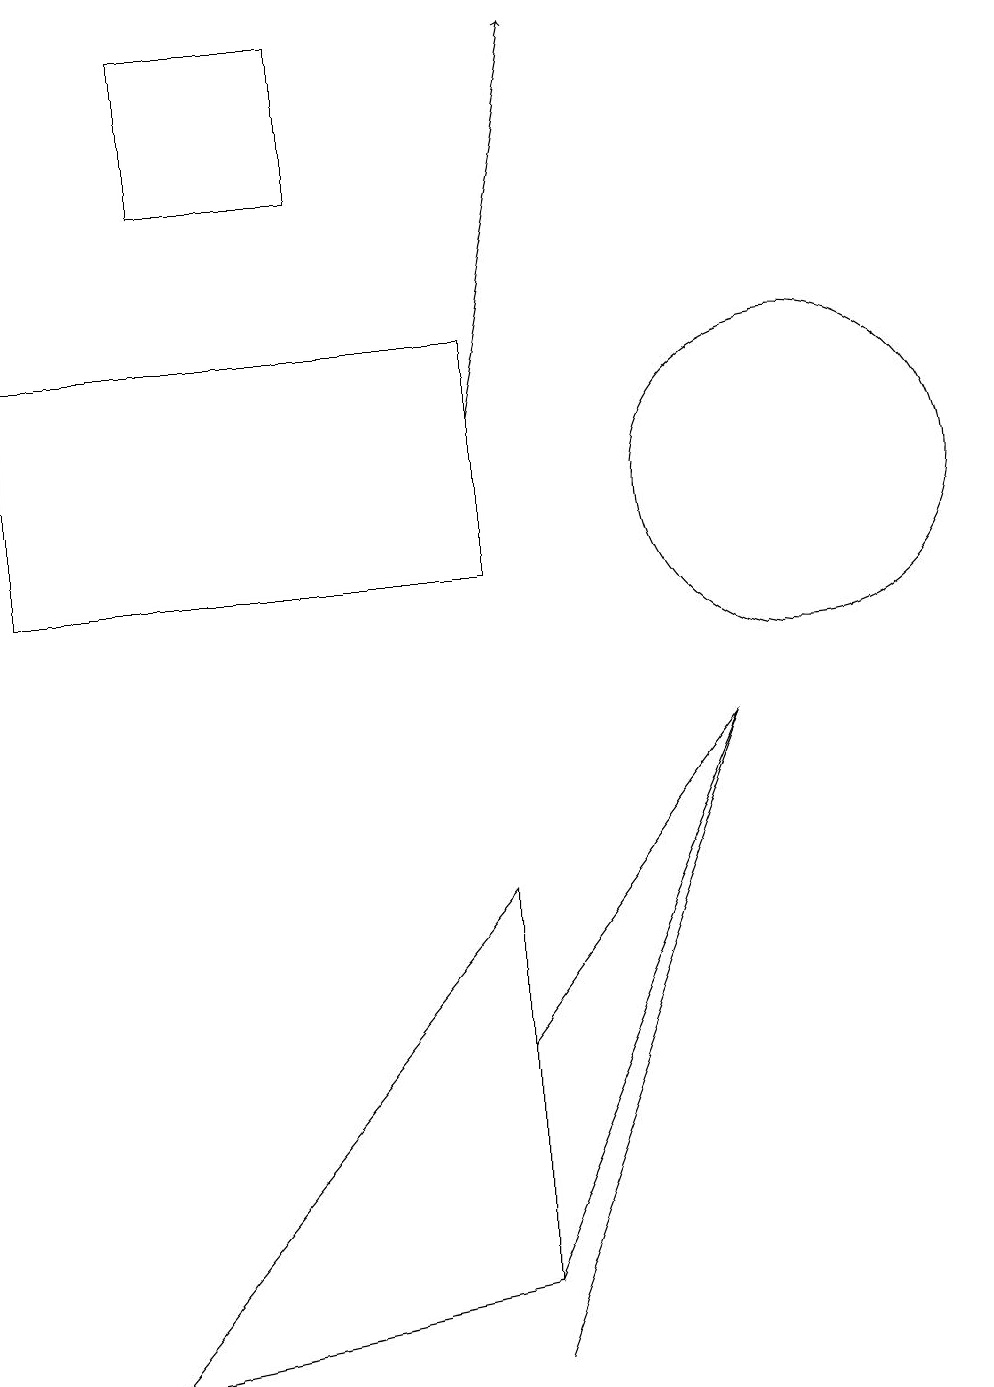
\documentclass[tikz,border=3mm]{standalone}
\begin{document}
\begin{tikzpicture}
\draw (6,1) -- (1,0) -- (6,6) -- cycle;
\draw[->] (6,12) -- (7,17);
\draw (6,0) -- (9,8) -- (9,8) -- cycle;
\draw (6,13) rectangle (0,10);
\draw (10,11) circle (2);
\draw (2,15) rectangle (4,17);
\draw (6,4) -- (9,8) -- (6,1) -- cycle;
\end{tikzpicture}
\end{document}